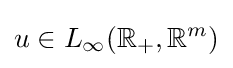
u\in L_{\infty }(\mathbb {R} _{+},\mathbb {R} ^{m})